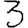
Digit: 3